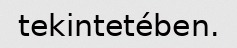
tekintetében.